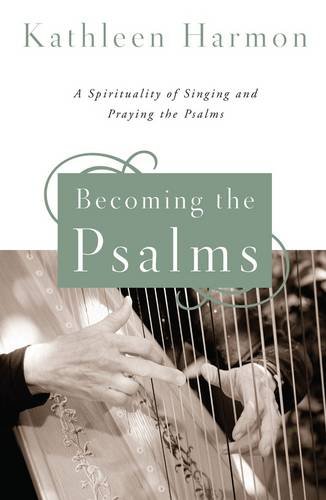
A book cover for Becoming the Psalms: A Spirituality of Singing and Praying the Psalms; Kathleen Harmon SNDdeN; Christian Books & Bibles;